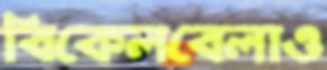
বিকেলবেলাও